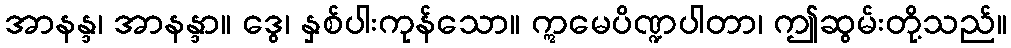
အာနန္ဒ၊ အာနန္ဒာ။ ဒွေ၊ နှစ်ပါးကုန်သော။ ဣမေပိဏ္ဍပါတာ၊ ဤဆွမ်းတို့သည်။